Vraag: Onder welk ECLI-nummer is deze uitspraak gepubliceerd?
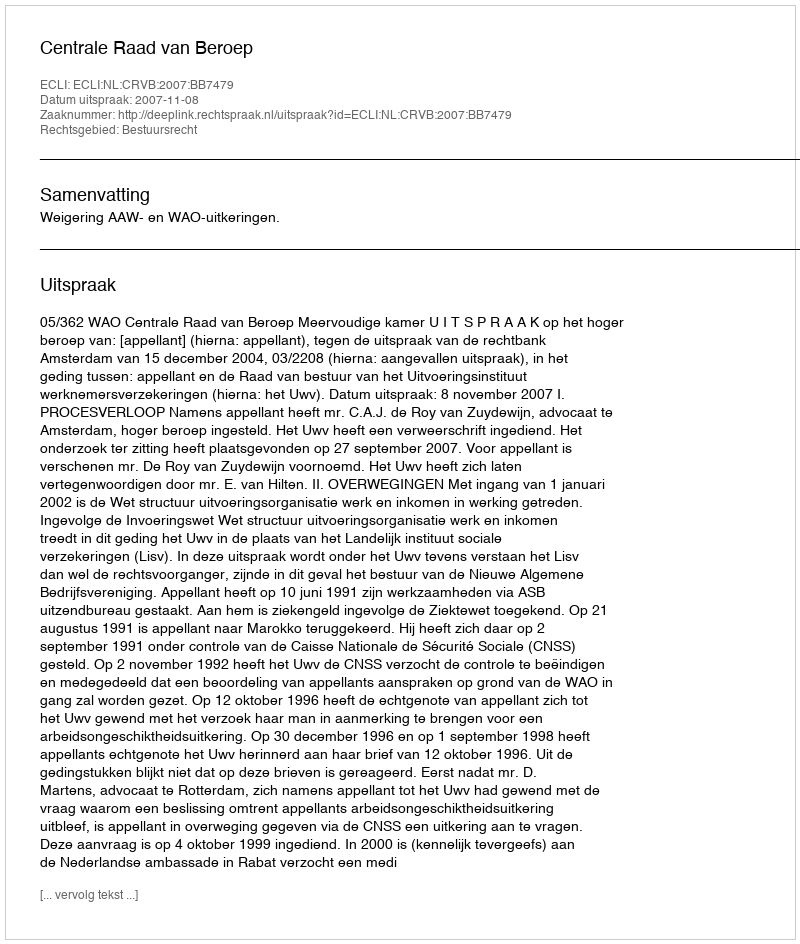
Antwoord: ECLI:NL:CRVB:2007:BB7479